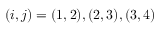
( i , j ) = ( 1 , 2 ) , ( 2 , 3 ) , ( 3 , 4 )